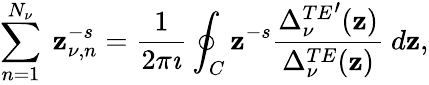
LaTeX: \sum_{n=1}^{N_{\nu}}\ \mathbf{z}_{\nu,n}^{-s}=\displaystyle{\frac{{1}}{{2\pi\imath}}}\oint_{C}\mathbf{z}^{-s}\displaystyle{\frac{{{\Delta_{\nu}^{TE}}^{\prime}(\mathbf{z})}}{{\Delta_{\nu}^{TE}(\mathbf{z})}}}\ d\mathbf{z},